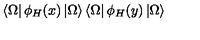
\left< \Omega \right| \phi _ { H } ( x ) \left| \Omega \right> \left< \Omega \right| \phi _ { H } ( y ) \left| \Omega \right>